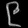
Digit: ၉